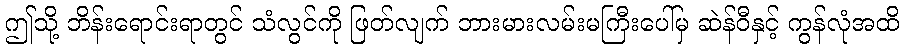
ဤသို့ ဘိန်းရောင်းရာတွင် သံလွင်ကို ဖြတ်လျက် ဘားမားလမ်းမကြီးပေါ်မှ ဆဲန်ဝီနှင့် ကွန်လုံအထိ